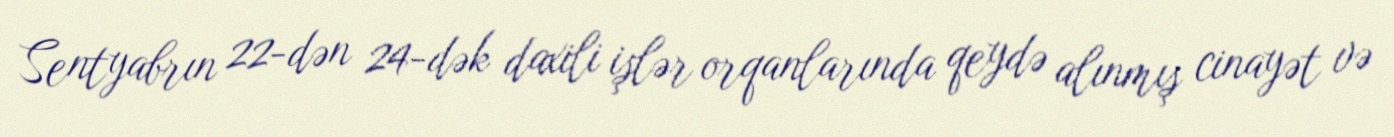
Sentyabrın 22-dən 24-dək daxili işlər orqanlarında qeydə alınmış cinayət və